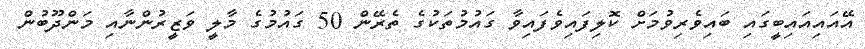
އޭއައިއައިބީގައި ބައިވެރިވުމަށް ކޮލިފައިވެފައިވާ ގައުމުތަކުގެ ތެރޭން 50 ގައުމުގެ މާލީ ވަޒީރުންނާއި މަންދޫބުން